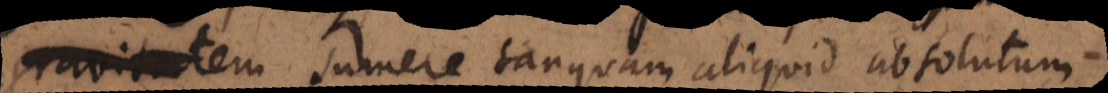
e sumere tanquam aliquid absolutum